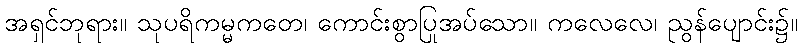
အရှင်ဘုရား။ သုပရိကမ္မကတေ၊ ကောင်းစွာပြုအပ်သော။ ကလေလေ၊ ညွန်ပျောင်း၌။